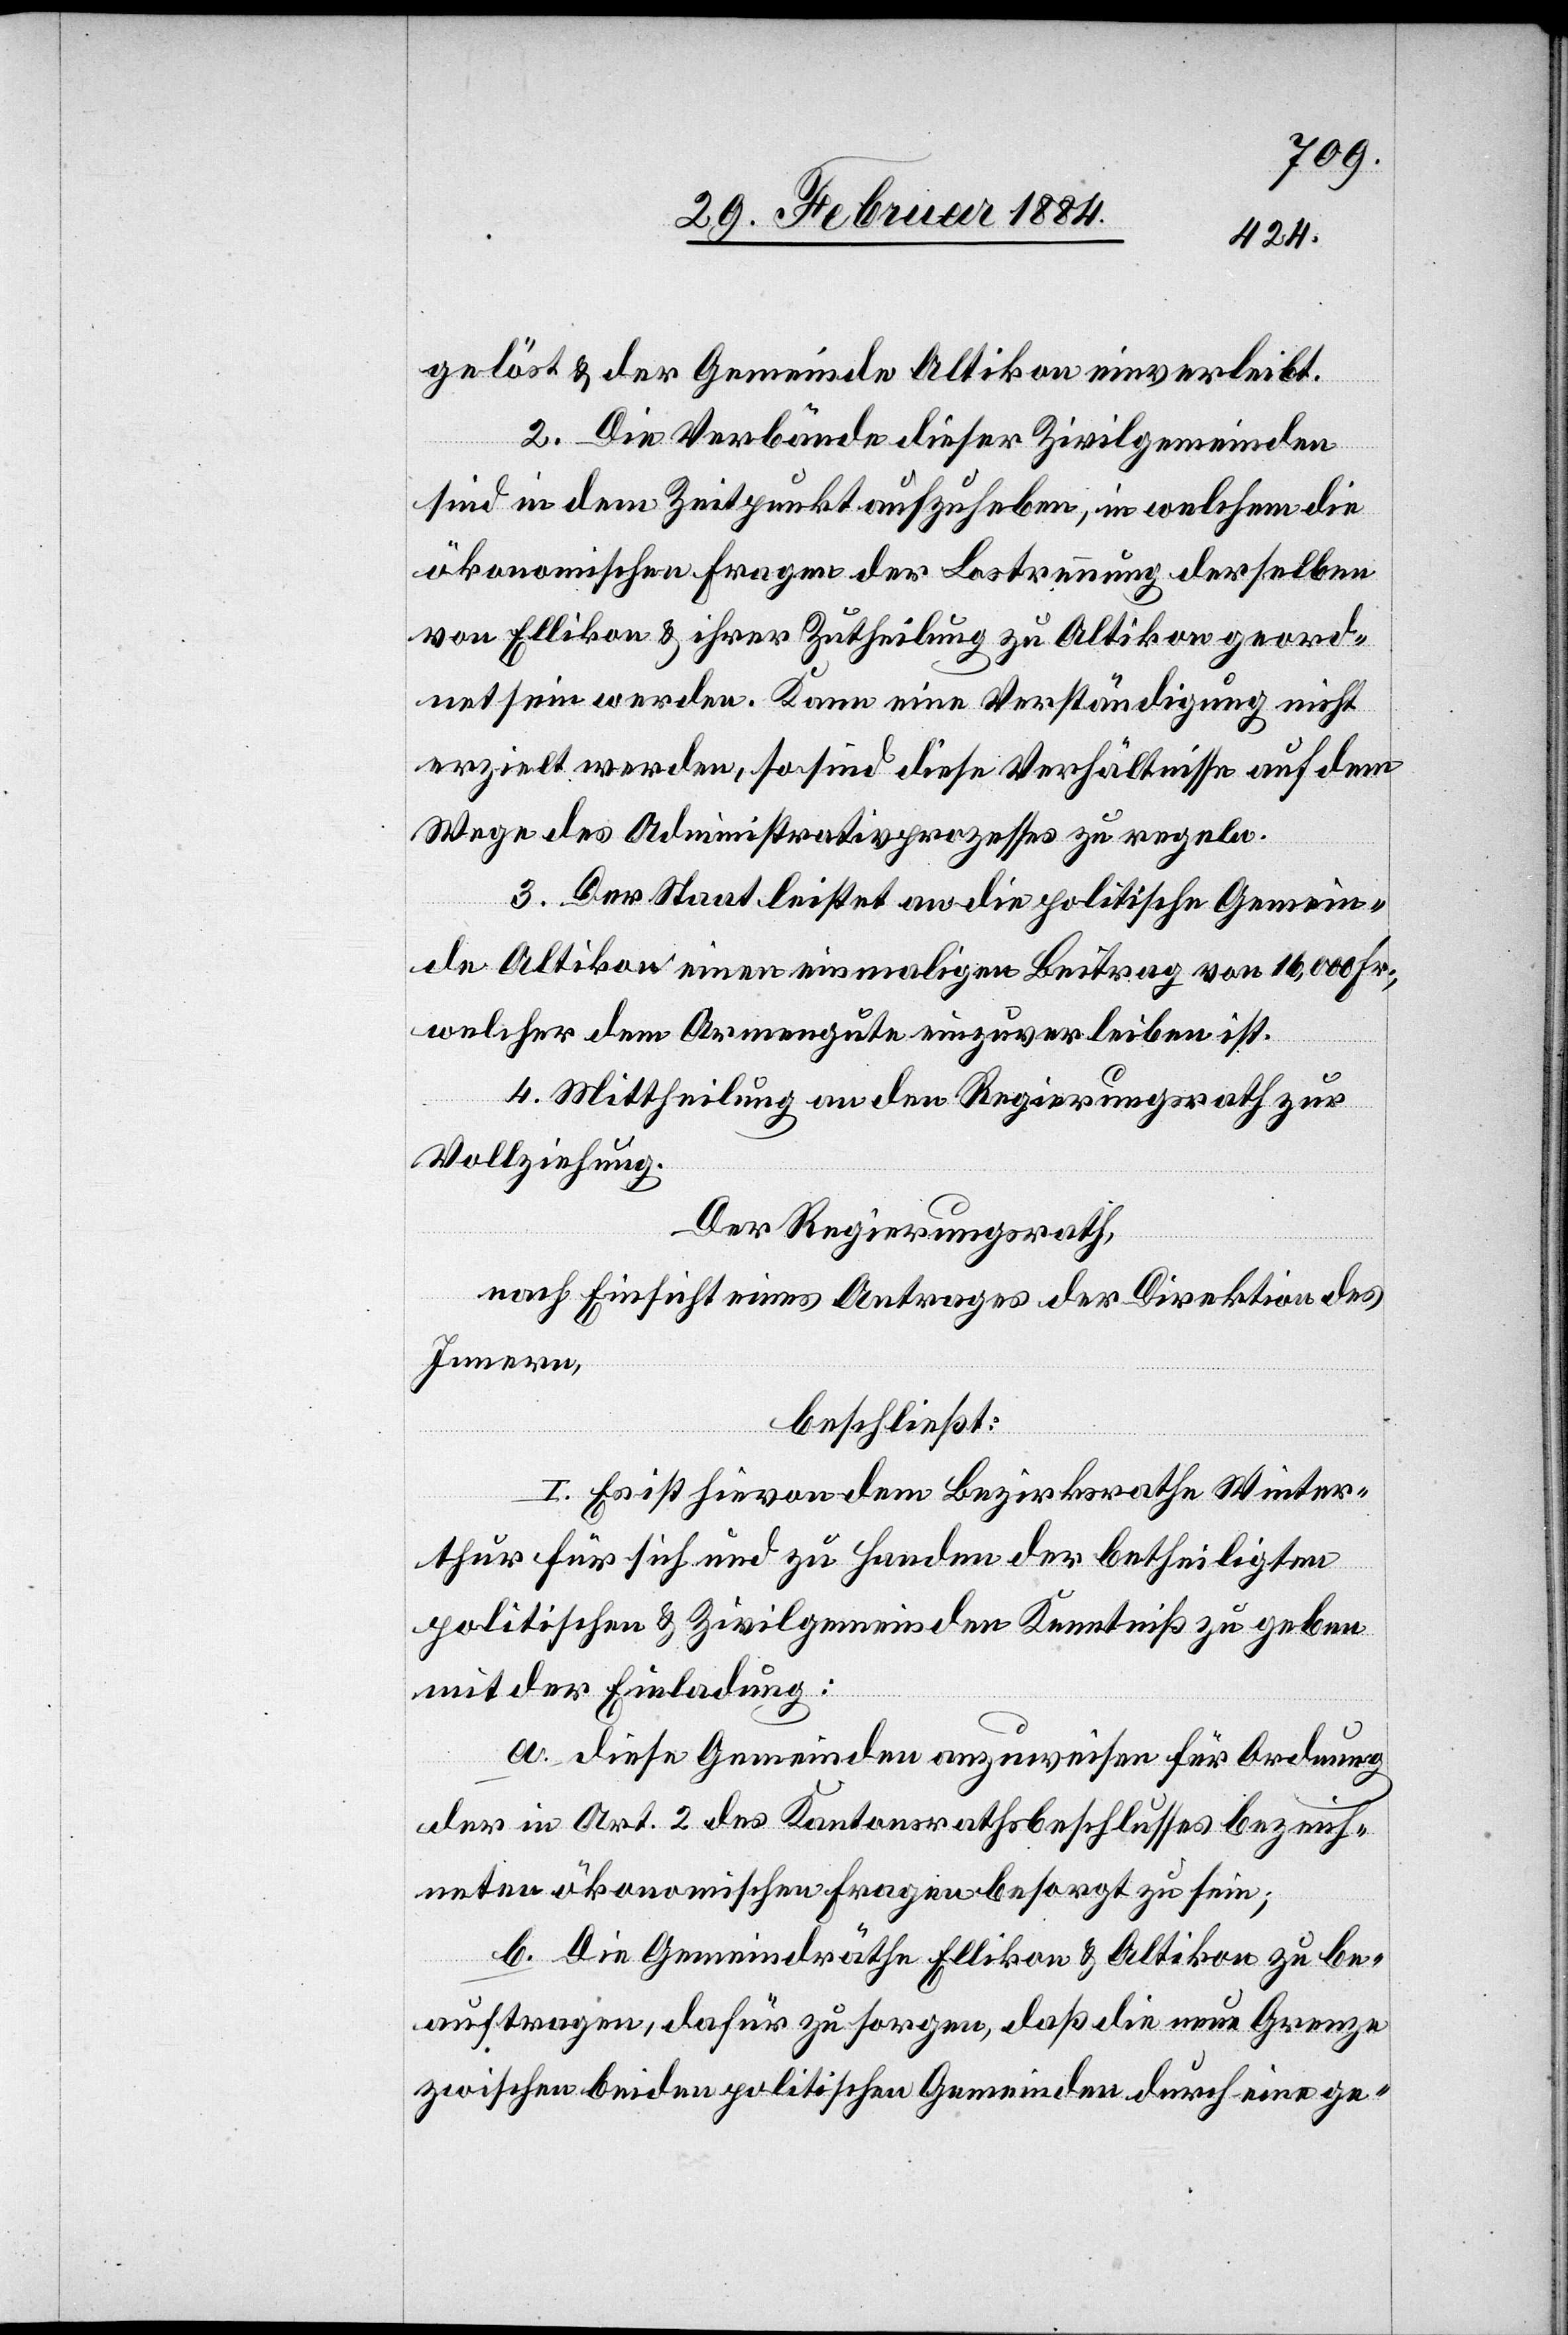
gelöst & der Gemeinde Altikon einverleibt.
2. Die Verbände dieser Zivilgemeinden
sind in dem Zeitpunkt aufzuheben, in welchem die
ökonomischen Fragen der Lostrennung derselben
von Ellikon & ihrer Zutheilung zu Altikon geord¬
net sein werden. Kann eine Verständigung nicht
erzielt werden, so sind diese Verhältnisse auf dem
Wege des Administrativprozesses zu regeln.
3. Der Staat leistet an die politische Gemein¬
de Altikon einen einmaligen Beitrag von 16,000 Fr.,
welcher dem Armengute einzuverleiben ist.
4. Mittheilung an den Regierungsrath zur
Vollziehung.
Der Regierungsrath,
nach Einsicht eines Antrages der Direktion des
Innern,
beschließt:
I. Es ist hievon dem Bezirksrathe Winter¬
thur für sich und zu Handen der betheiligten
politischen & Zivilgemeinden Kenntniß zu geben
mit der Einladung:
a. Diese Gemeinden anzuweisen für Ordnung
der in Art. 2 des Kantonsrathsbeschlusses bezeich¬
neten ökonomischen Fragen besorgt zu sein;
b. Die Gemeindräthe Ellikon & Altikon zu be¬
auftragen, dafür zu sorgen, daß die neue Grenze
zwischen beiden politischen Gemeinden durch eine ge-